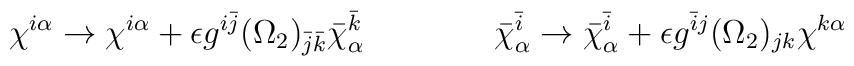
\chi^{i\alpha} \rightarrow \chi^{i\alpha} + \epsilon g^{i\bar j}(\Omega_2)_{\bar j \bar k} \bar\chi^{\bar k}_{\alpha}\qquad\qquad\bar \chi^{\bar i}_\alpha \rightarrow \bar \chi^{\bar i}_\alpha + \epsilon g^{\bar  i j} (\Omega_2)_{j k} \chi^{k\alpha}